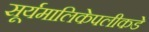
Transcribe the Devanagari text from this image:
सूर्यमालिकेपलीकडे